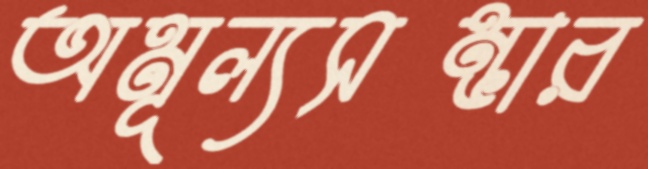
অমূল্যসম্ভার